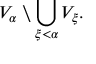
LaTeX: V _ { \alpha } \setminus \bigcup _ { \xi < \alpha } V _ { \xi } .